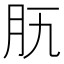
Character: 𦘵